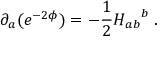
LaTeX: \partial _ { a } ( e ^ { - 2 \phi } ) = - \frac { 1 } { 2 } { H _ { a b } } ^ { b } \; .